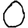
Digit: 0